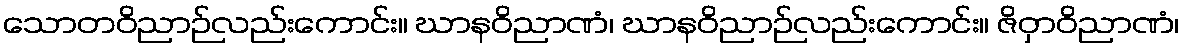
သောတဝိညာဉ်လည်းကောင်း။ ဃာနဝိညာဏံ၊ ဃာနဝိညာဉ်လည်းကောင်း။ ဇိဝှာဝိညာဏံ၊